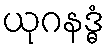
ယုဂနဒ္ဓံ